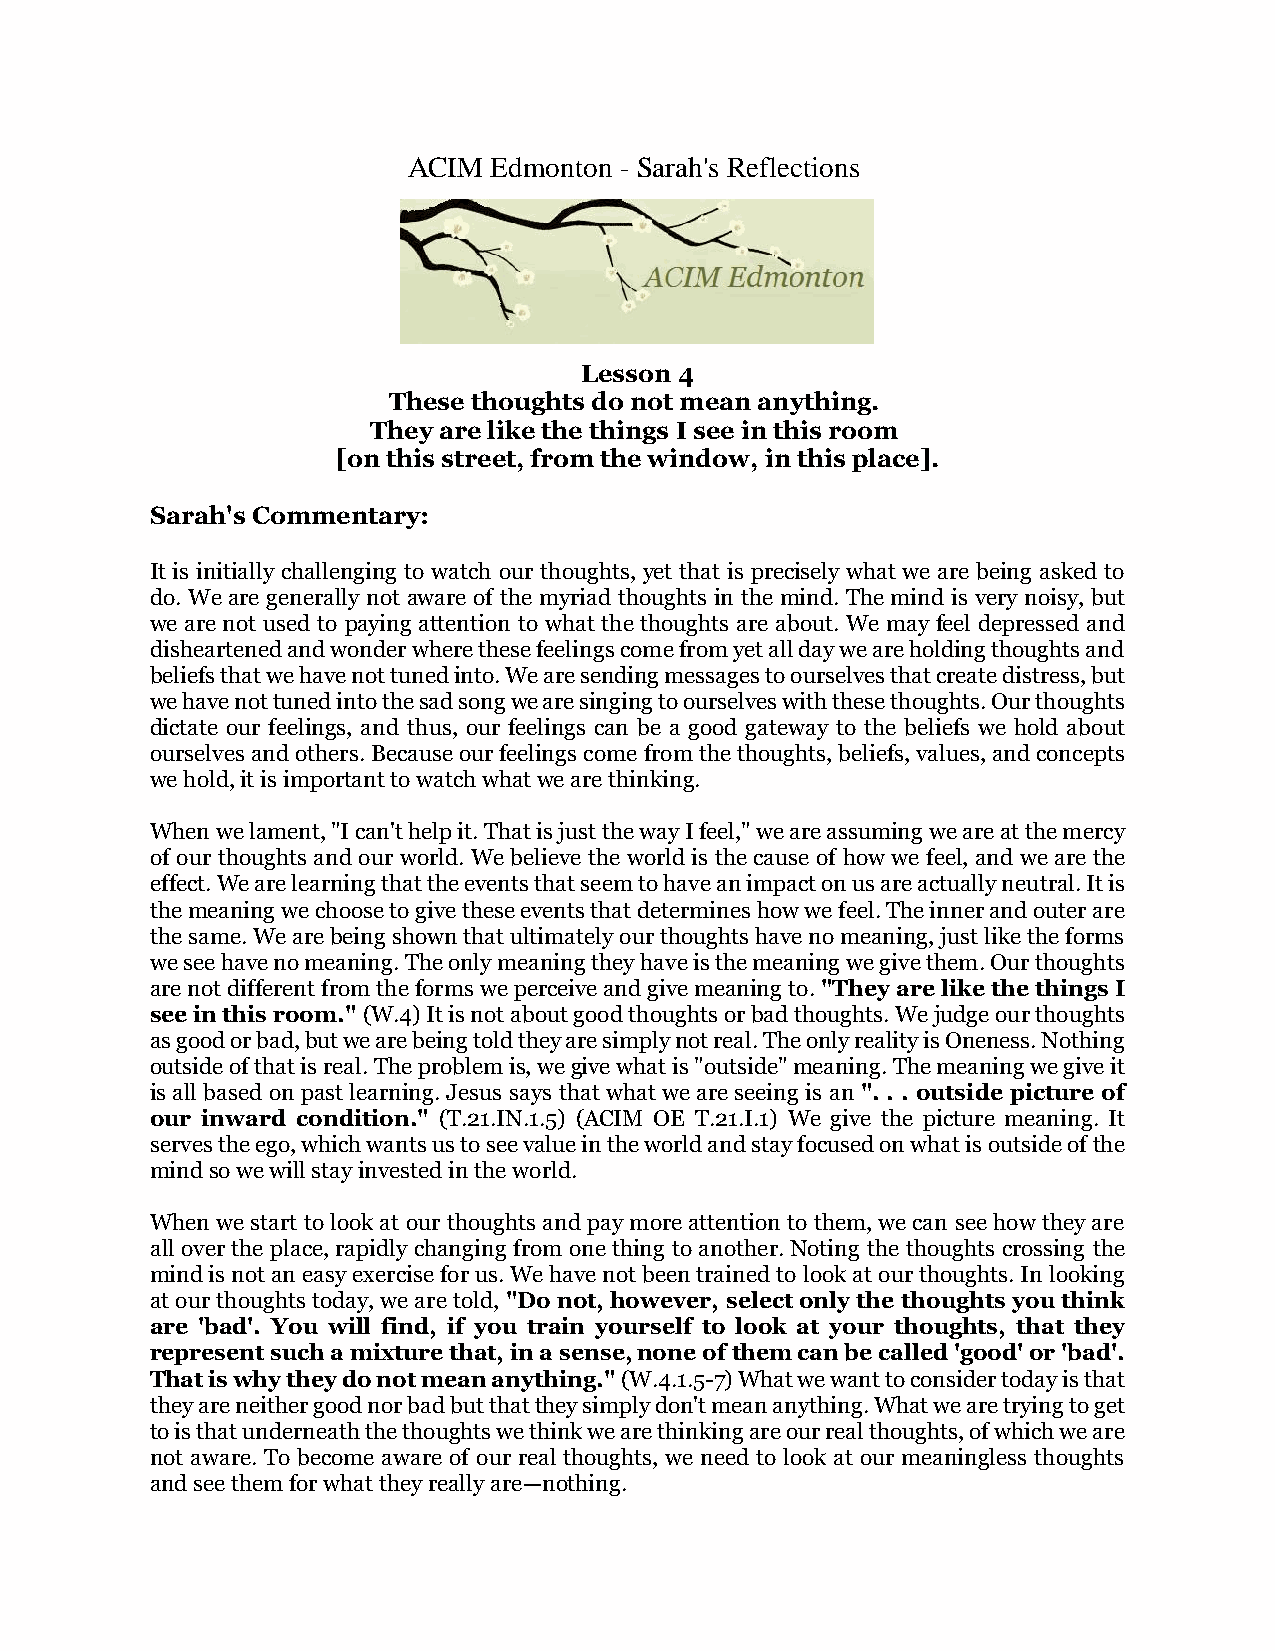
ACIM  Edmonton - Sarah's Reflections
 Lesson 4
 These thoughts do not mean anything.
 They are like the things I see in this room
 [on this street, from the window, in this place].
 Sarah's Commentary:
 It is initially challenging to watch our thoughts, yet that is precisely what we are being asked to
 do. We are generally not aware of the myriad thoughts in the mind. The mind is very noisy, but
 we are not used to paying attention to what the thoughts are about. We may feel depressed and
 disheartened and wonder where these feelings come from yet all day we are holding thoughts and
 beliefs that we have not tuned into. We are sending messages to ourselves that create distress, but
 we have not tuned into the sad song we are singing to ourselves with these thoughts. Our thoughts
 dictate our feelings, and thus, our feelings can be a good gateway to the beliefs we hold about
 ourselves and others. Because our feelings come from the thoughts, beliefs, values, and concepts
 we hold, it is important to watch what we are thinking.
 When we lament, "I can't help it. That is just the way I feel," we are assuming we are at the mercy
 of our thoughts and our world. We believe the world is the cause of how we feel, and we are the
 effect. We are learning that the events that seem to have an impact on us are actually neutral. It is
 the meaning we choose to give these events that determines how we feel. The inner and outer are
 the same. We are being shown that ultimately our thoughts have no meaning, just like the forms
 we see have no meaning. The only meaning they have is the meaning we give them. Our thoughts
 are not different from the forms we perceive and give meaning to. "They are like the things I
 see in this room." (W.4) It is not about good thoughts or bad thoughts. We judge our thoughts
 as good or bad, but we are being told they are simply not real. The only reality is Oneness. Nothing
 outside of that is real. The problem is, we give what is "outside" meaning. The meaning we give it
 is all based on past learning. Jesus says that what we are seeing is an ". . . outside picture of
 our inward condition." (T.21.IN.1.5) (ACIM OE T.21.I.1) We give the picture meaning. It
 serves the ego, which wants us to see value in the world and stay focused on what is outside of the
 mind so we will stay invested in the world.
 When we start to look at our thoughts and pay more attention to them, we can see how they are
 all over the place, rapidly changing from one thing to another. Noting the thoughts crossing the
 mind is not an easy exercise for us. We have not been trained to look at our thoughts. In looking
 at our thoughts today, we are told, "Do not, however, select only the thoughts you think
 are 'bad'. You will find, if you train yourself to look at your thoughts, that they
 represent such a mixture that, in a sense, none of them can be called 'good' or 'bad'.
 That is why they do not mean anything." (W.4.1.5-7) What we want to consider today is that
 they are neither good nor bad but that they simply don't mean anything. What we are trying to get
 to is that underneath the thoughts we think we are thinking are our real thoughts, of which we are
 not aware. To become aware of our real thoughts, we need to look at our meaningless thoughts
 and see them for what they really are—nothing.